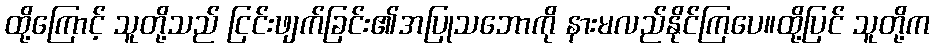
ထို့ကြောင့် သူတို့သည် ငြင်းဖျက်ခြင်း၏အပြုသဘောကို နားမလည်နိုင်ကြပေ။ထို့ပြင် သူတို့က